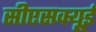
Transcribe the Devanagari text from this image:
सीएसक्यूई